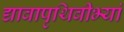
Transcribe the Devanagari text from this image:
द्यावापृथिवीभ्यां